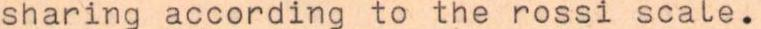
sharing according to the rossi scale.